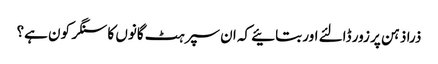
ذرا ذہن پر زور ڈالئے اور بتائیے کہ ان سپرہٹ گانوں کا سنگر کون ہے؟